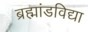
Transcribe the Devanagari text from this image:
ब्रह्मांडविद्या